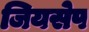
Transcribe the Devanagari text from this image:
जियसेप